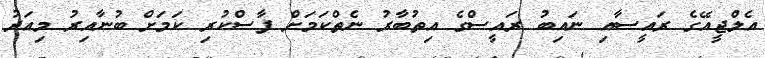
އެލްޖީއޭގެ ރައީސާއި ނައިބު ރައީސްގެ އިތުބާރު ނެތްކަމަށް ފާސްކުރި ކަމަށް ބުނާއިރު މިއަދު